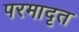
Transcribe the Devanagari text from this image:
परमादृत